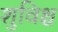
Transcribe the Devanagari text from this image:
शुविश्च